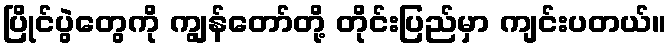
ပြိုင်ပွဲတွေကို ကျွန်တော်တို့ တိုင်းပြည်မှာ ကျင်းပတယ်။